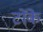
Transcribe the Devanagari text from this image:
टोंके